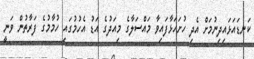
ކަނޑައަޅައިދިނުމަށް އެދި ހުށަހަޅާފައިވާ މައްސަލާގެ މިއަދުގެ އަޑު އެހުމުގައި ހުމާމުގެ ފަރާތުން ވަނީ